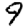
Digit: 9